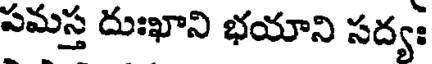
పమస్త దుఃఖాని భయాని సద్యః